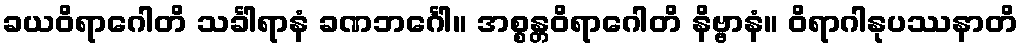
ခယဝိရာဂေါတိ သင်္ခါရာနံ ခဏဘင်္ဂေါ။ အစ္စန္တဝိရာဂေါတိ နိဗ္ဗာနံ။ ဝိရာဂါနုပဿနာတိ